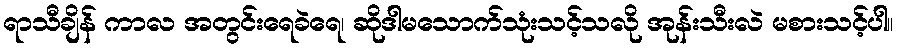
ရာသီချိန် ကာလ အတွင်းရေခဲရေ၊ ဆိုဒါမသောက်သုံးသင့်သလို အုန်းသီးလဲ မစားသင့်ပါ။